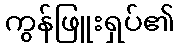
ကွန်ဖြူးရှပ်၏